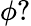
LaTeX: \phi?